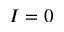
I = 0